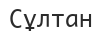
Сұлтан